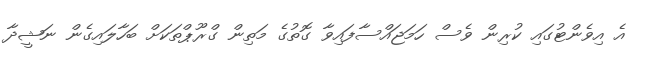
އެ އިވެންޓުގައި ކުރިން ވެސް ހަމަޖައްސާފައިވާ ގޮތުގެ މަތިން ގްރޫޕްތަކަށް ބަހާލައިގެން ނަޝީދާ